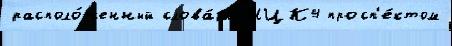
располо́женный слова́рь МЦК4 просп'е́ктом